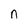
Character: n